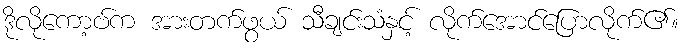
ဒိုလိုကော့ဗ်က အားတက်ဖွယ် သီချင်းသံနှင့် လိုက်အောင်ပြောလိုက်၏။